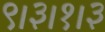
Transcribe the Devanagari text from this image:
९।३।१।३